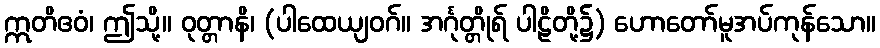
ဣတိဧဝံ၊ ဤသို့။ ဝုတ္တာနိ၊ (ပါထေယျဝဂ်။ အင်္ဂုတ္တိုရ် ပါဠိတို့၌) ဟောတော်မူအပ်ကုန်သော။